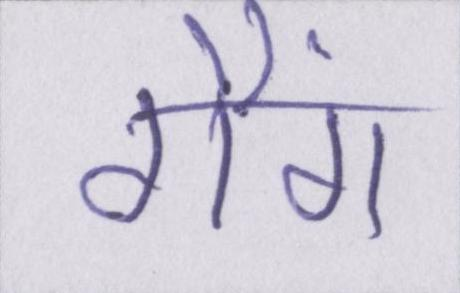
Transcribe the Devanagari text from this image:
गैंग